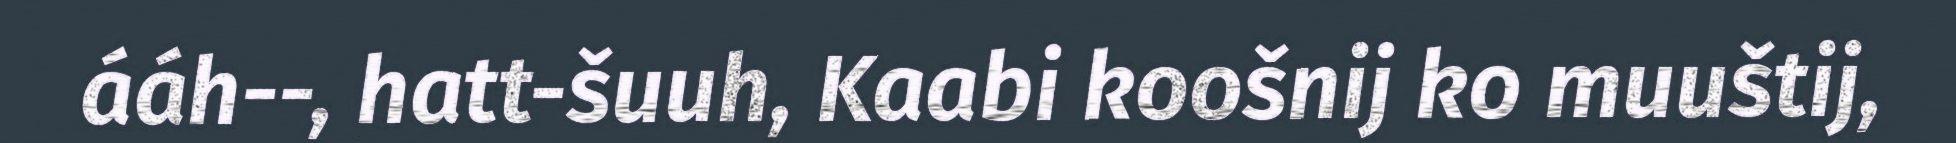
ááh--, hatt-šuuh, Kaabi koošnij ko muuštij,